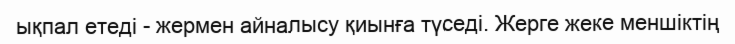
ықпал етеді - жермен айналысу қиынға түседі. Жерге жеке меншіктің